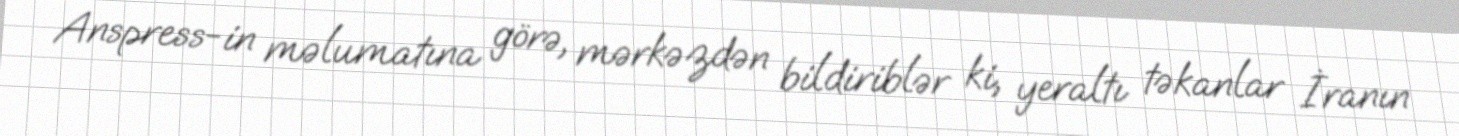
Anspress-in məlumatına görə, mərkəzdən bildiriblər ki, yeraltı təkanlar İranın